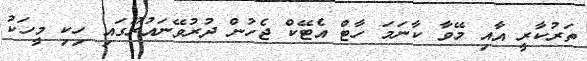
ތަރުކާރީ އާއި މޭވާ ކާނަމަ ހާޓް އެޓޭކް ޖެހުން ދުރުވޭނައުރޫގައި ހިކި މީހަކު